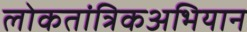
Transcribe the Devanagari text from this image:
लोकतांत्रिकअभियान